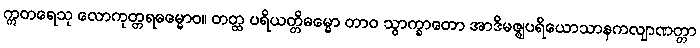
ဣတရေသု လောကုတ္တရဓမ္မောဝ။ တတ္ထ ပရိယတ္တိဓမ္မော တာဝ သွာက္ခာတော အာဒိမဇ္ဈပရိယောသာနကလျာဏတ္တာ